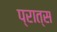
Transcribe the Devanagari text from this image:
प्रात्स